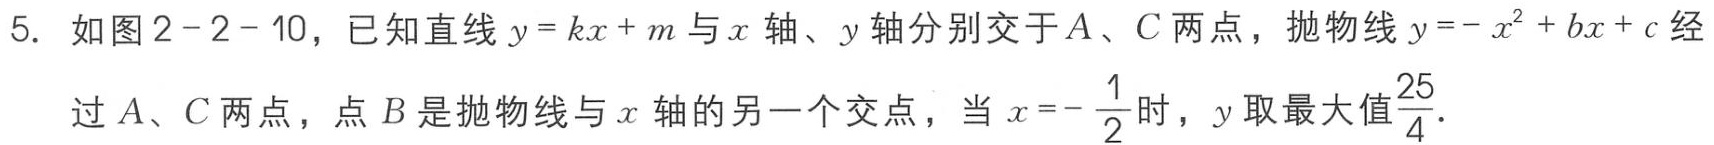
5. 如图2 - 2 - 10，已知直线\(y = kx + m\)与\(x\)轴、\(y\)轴分别交于\(A\)、\(C\)两点，抛物线\(y=-x^{2}+bx + c\)经过\(A\)、\(C\)两点，点\(B\)是抛物线与\(x\)轴的另一个交点，当\(x =-\frac{1}{2}\)时，\(y\)取最大值\(\frac{25}{4}\).